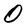
Character: 0